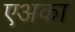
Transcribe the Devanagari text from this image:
एअका